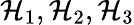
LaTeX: \mathcal{H}_{1},\mathcal{H}_{2},\mathcal{H}_{3}